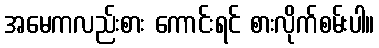
အမေကလည်းစား ကောင်းရင် စားလိုက်စမ်းပါ။